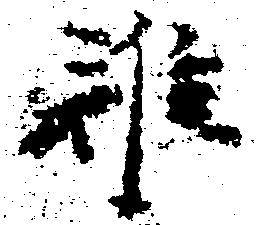
難